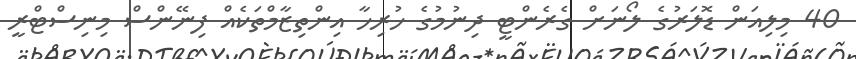
40 މިލިއަން ޑޮލަރުގެ ލޯނަށް ގެރެންޓީ ދިނުމުގެ ހުރިހާ އިންތިޒާމްތަކެއް ފިނޭންސް މިނިސްޓްރީ